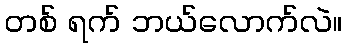
တစ် ရက် ဘယ်လောက်လဲ။